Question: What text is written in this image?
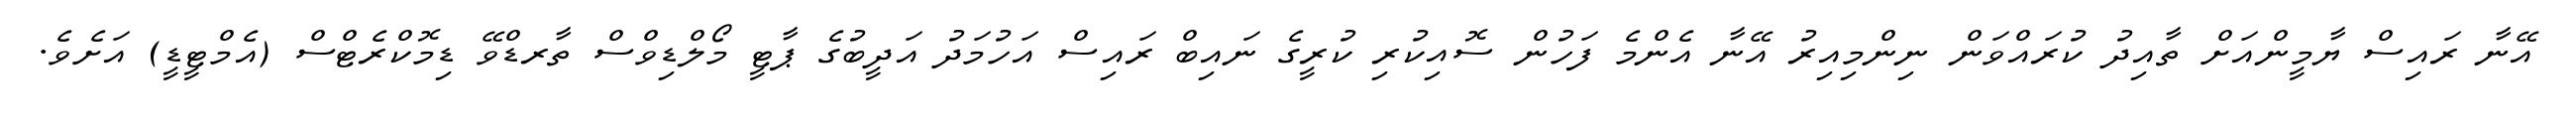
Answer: އޭނާ ރައިސް ޔާމީންއަށް ތާއިދު ކުރައްވަން ނިންމިއިރު އޭނާ އެންމެ ފަހުން ސޮއިކުރި ކުރީގެ ނައިބް ރައިސް އަހުމަދު އަދީބުގެ ޕާޓީ މޯލްޑިވްސް ތާރޑްވޭ ޑިމޮކްރެޓްސް (އެމްޓީޑީ) އަށެވެ.